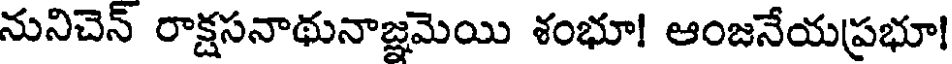
నునిచెన్ రాక్షసనాథునాజ్ఞమెయి శంభూ! ఆంజనేయప్రభూ!